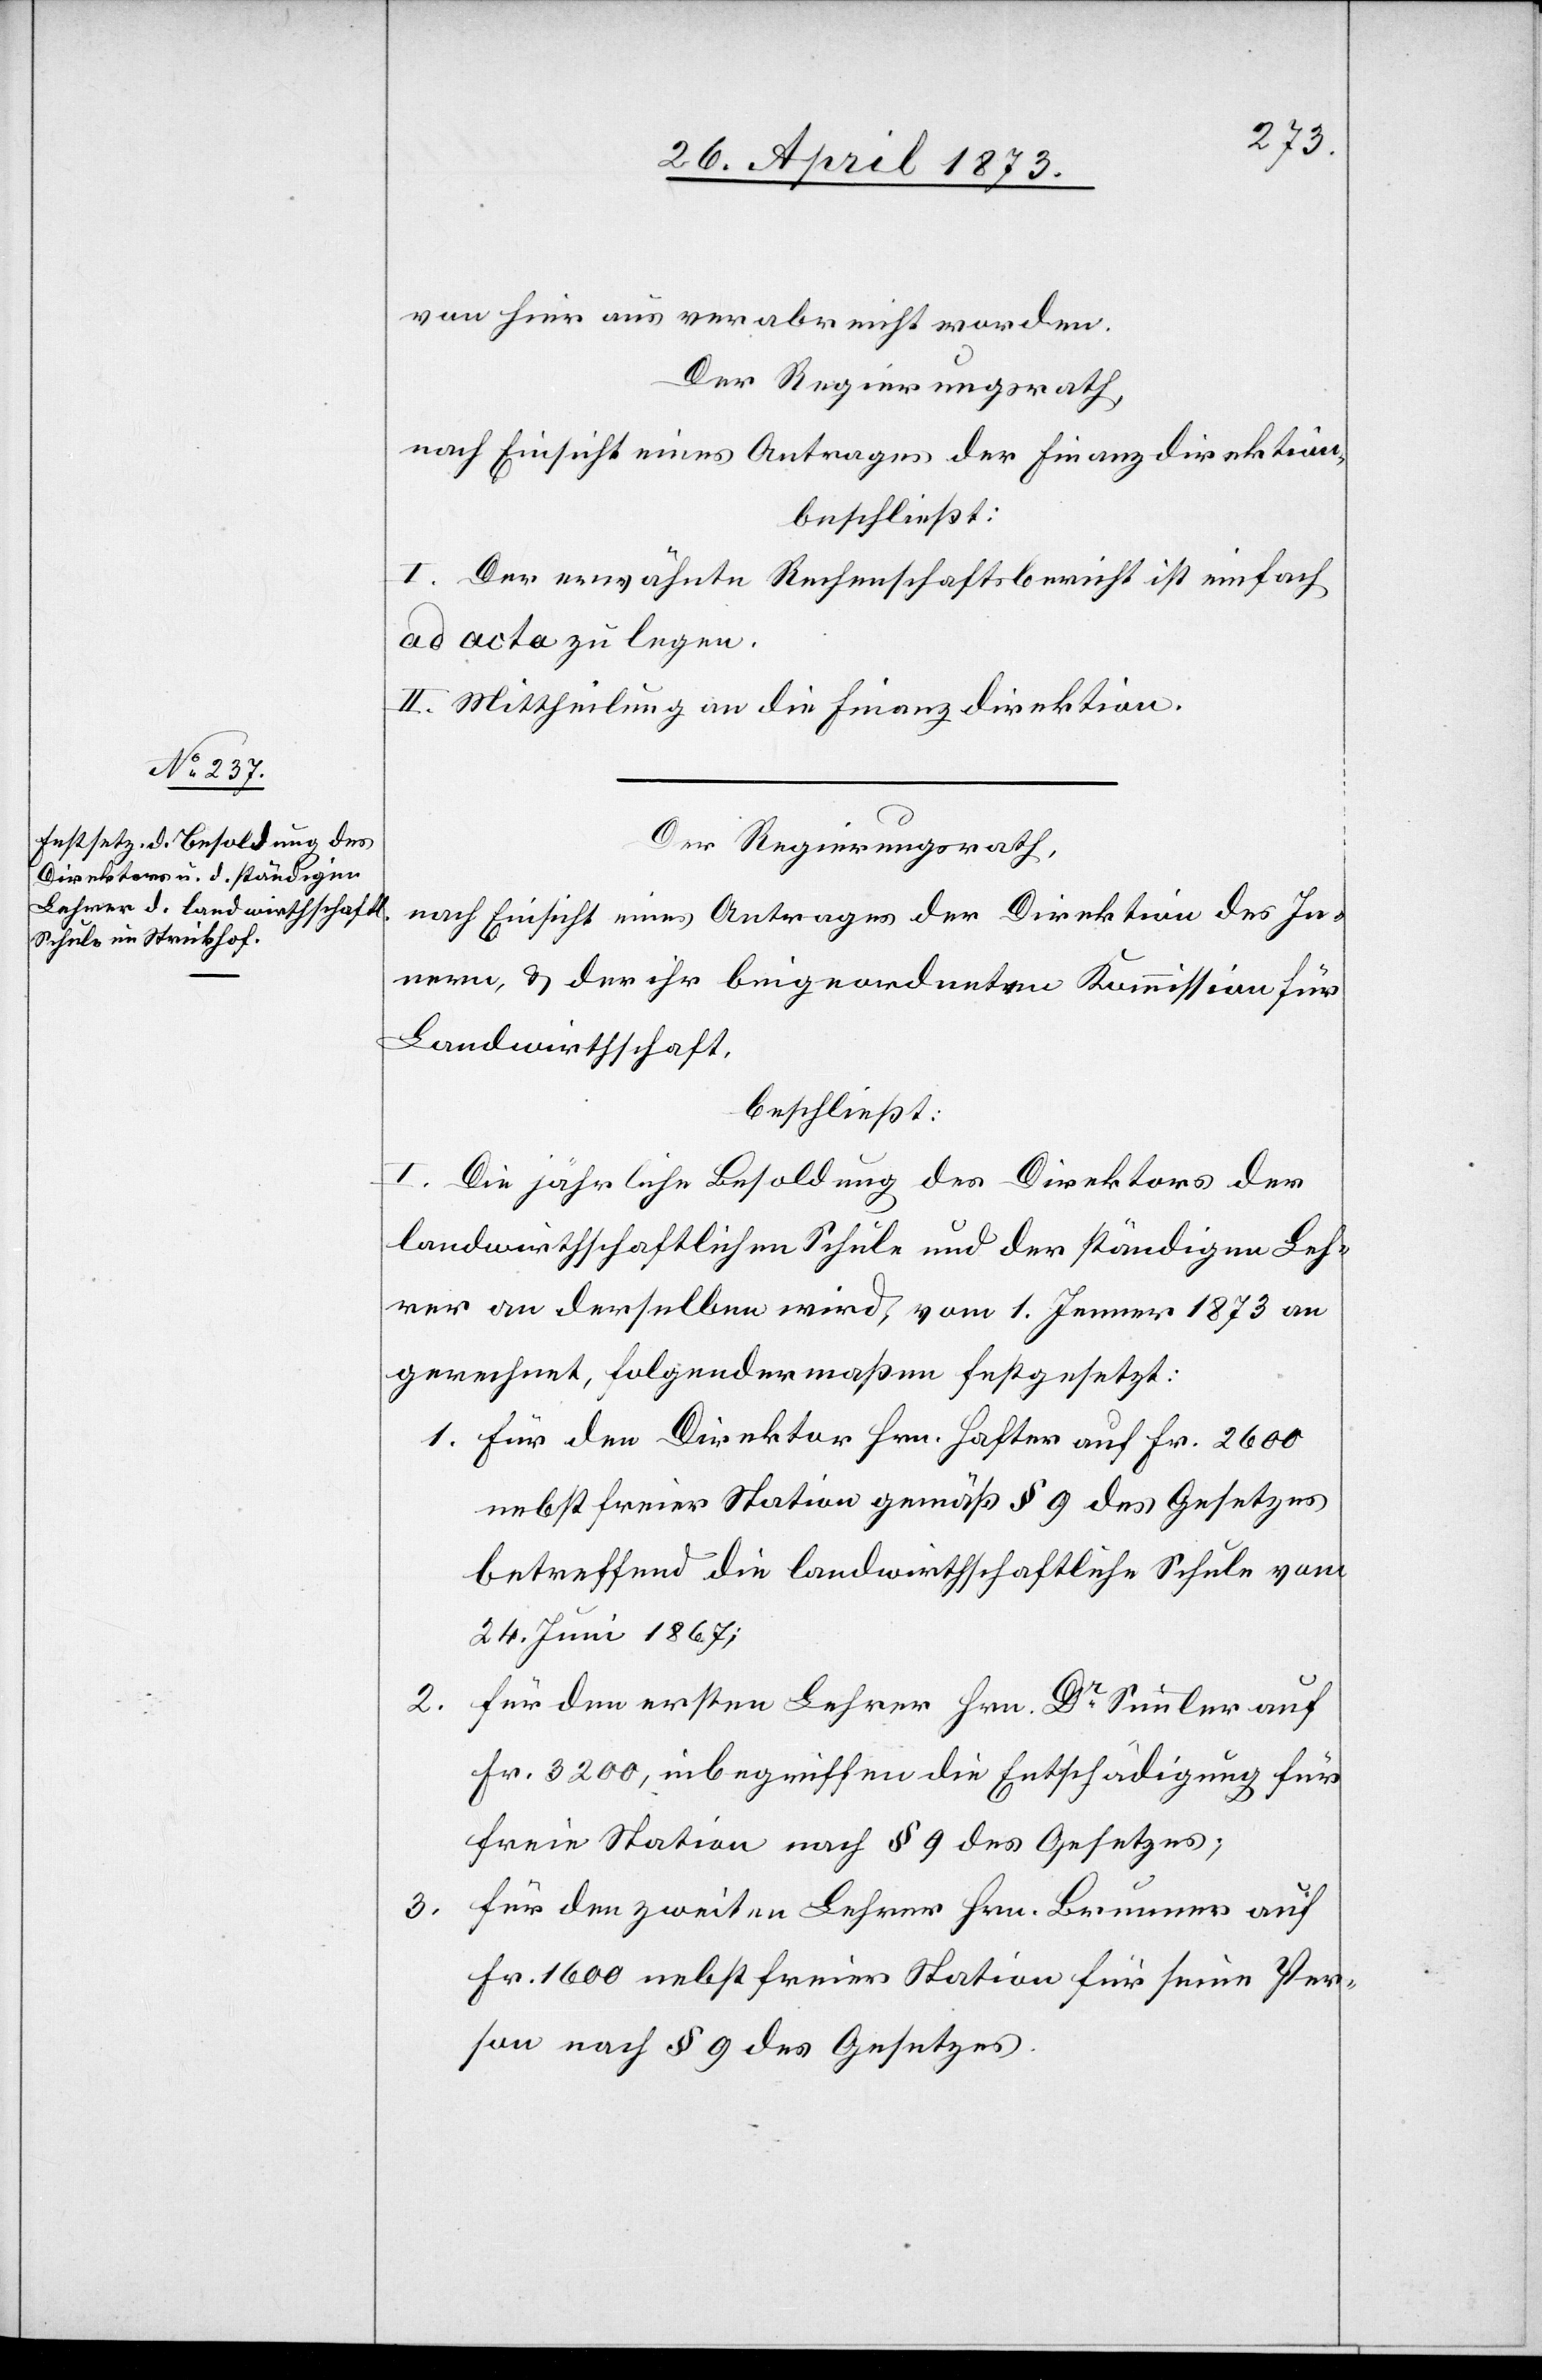
von hier aus verabreicht worden.
Der Regierungsrath,
nach Einsicht eines Antrages der Finanzdirektion,
beschließt:
I. Der erwähnte Rechenschaftsbericht ist einfach
ad acta zu legen.
II. Mittheilung an die Finanzdirektion.
Der Regierungsrath,
nach Einsicht eines Antrages der Direktion des In¬
nern, & der ihr beigeordneten Kommission für
Landwirthschaft,
beschließt:
I. Die jährliche Besoldung des Direktors der
landwirthschaftlichen Schule und der ständigen Leh¬
rer an derselben wird, vom 1. Jenner 1873 an
gerechnet, folgendermaßen festgesetzt:
1. Für den Direktor Hrn. Hafter auf Fr. 2 600
nebst freier Station gemäß § 9 des Gesetzes
betreffend die landwirthschaftliche Schule vom
24. Juni 1867;
2.
für den ersten Lehrer Hrn. Dr Simmler auf
Fr. 3 200, inbegriffen die Entschädigung für
freie Station nach § 9 des Gesetzes;
3.
für den zweiten Lehrer Hrn. Brunner auf
Fr. 1 600 nebst freier Station für seine Per¬
son nach § 9 des Gesetzes.